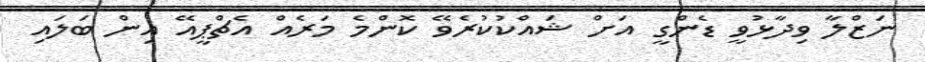
ނަޒްލާ ވިދާޅުވީ ޑެންގީ އަށް ޝައްކުކުރެވޭ ކޮންމެ މަރެއް އެޗްޕީއޭ އިން ބަލައި